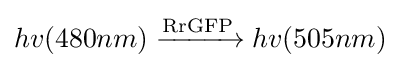
hv(480nm){\ce {->[{\ce {RrGFP}}]}}hv(505nm)